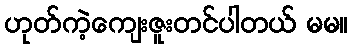
ဟုတ်ကဲ့ကျေးဇူးတင်ပါတယ် မမ။